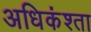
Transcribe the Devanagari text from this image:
अधिकंश्ता